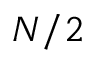
N / 2